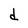
Character: d